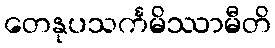
တေနုပသင်္ကမိဿာမီတိ